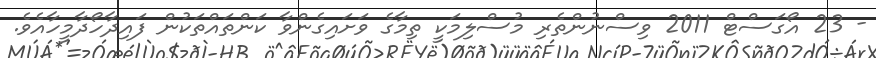
- 23 އޯގަސްޓް 2011 ވިސްނުންތެރި މުސްލިމަކީ ތިމާގެ ވަށައިގެންވާ ކަންތައްތަކުން ފައިދާހޯދާމީހާއެވެ.